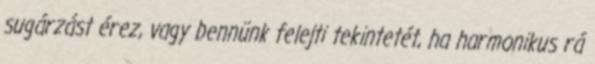
sugárzást érez, vagy bennünk felejti tekintetét, ha harmonikus rá